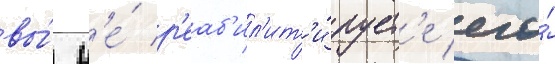
вы́ н'е́ р'еаб'ил'ит'и́рует'е его́